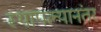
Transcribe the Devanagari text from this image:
स्थापल्यानंतर